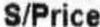
S/PRICE